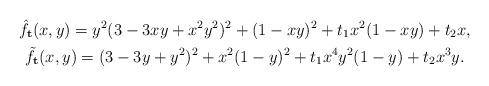
LaTeX: \begin{gather*} \hat{f}_{\mathbf{t}}(x,y)=y^2(3-3 xy+x^2y^2)^2+ (1-xy)^2+ t_1 x^2 (1-xy)+t_2 x,\\\tilde{f}_{\mathbf{t}}(x,y)=(3-3 y+y^2)^2+x^{2} (1-y)^2+ t_1 x^{4} y^2 (1-y)+t_2 x^{3} y.\end{gather*}